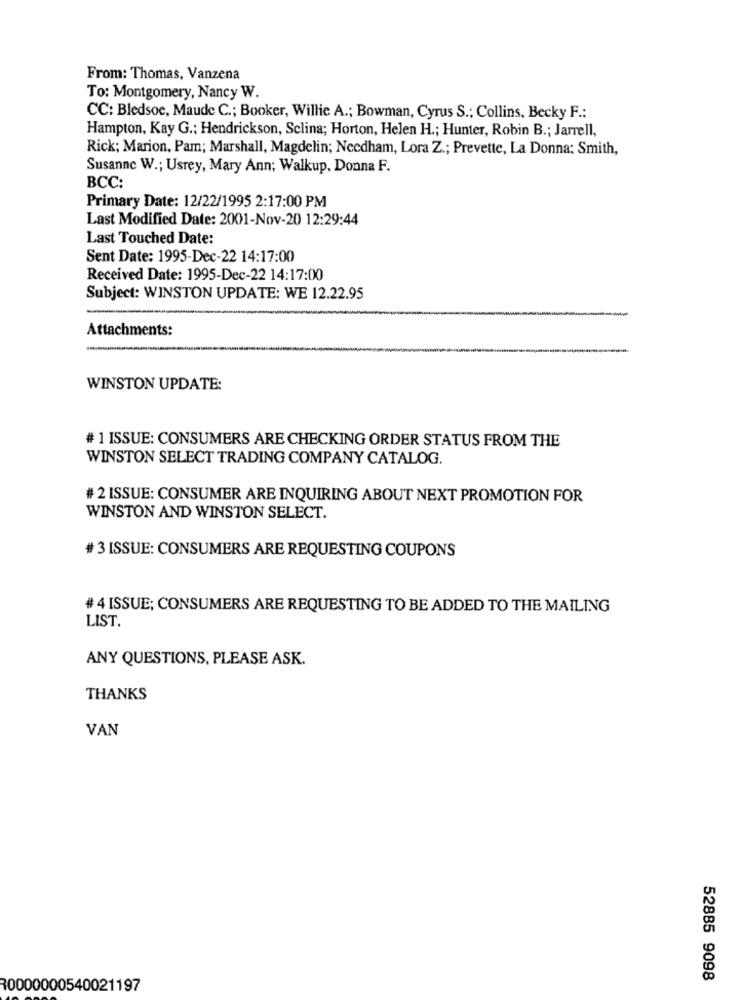
From: Thomas, Vanzena
To: Montgomery, Nancy W.
CC: Bledsoe, Maude C .; Booker, Willie A .; Bowman, Cyrus S .; Collins, Becky F .:
Hampton, Kay G .: Hendrickson, Selina; Horton, Helen H .; Hunter, Robin B .; Jarrell,
Rick; Marion, Pam; Marshall, Magdelin; Needham, Lora Z .; Prevette, La Donna; Smith,
Susanne W .; Usrey, Mary Ann; Walkup, Donna F.
BCC:
Primary Date: 12/22/1995 2:17:00 PM
Last Modified Date: 2001-Nov-20 12:29:44
Last Touched Date:
Sent Date: 1995-Dec-22 14:17:00
Received Date: 1995-Dec-22 14:17:00
Subject: WINSTON UPDATE: WE 12.22.95
Attachments:
WINSTON UPDATE:
# 1 ISSUE: CONSUMERS ARE CHECKING ORDER STATUS FROM THE
WINSTON SELECT TRADING COMPANY CATALOG.
# 2 ISSUE: CONSUMER ARE INQUIRING ABOUT NEXT PROMOTION FOR
WINSTON AND WINSTON SELECT.
# 3 ISSUE: CONSUMERS ARE REQUESTING COUPONS
# 4 ISSUE; CONSUMERS ARE REQUESTING TO BE ADDED TO THE MAILING
LIST.
ANY QUESTIONS, PLEASE ASK.
THANKS
VAN
52885 9098
30000000540021197